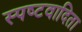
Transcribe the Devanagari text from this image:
स्‍पष्‍टवादिता